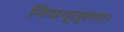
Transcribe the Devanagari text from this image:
नियन्त्रण।